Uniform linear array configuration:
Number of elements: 8
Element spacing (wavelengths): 0.5
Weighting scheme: blackman
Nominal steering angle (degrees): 0
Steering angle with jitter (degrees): -1.842
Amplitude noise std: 0.05
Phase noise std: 0.05

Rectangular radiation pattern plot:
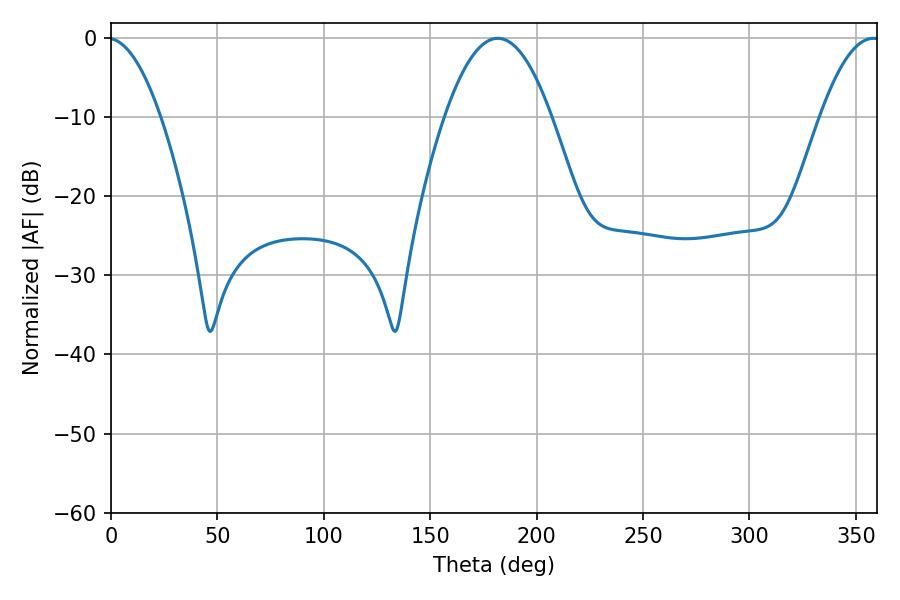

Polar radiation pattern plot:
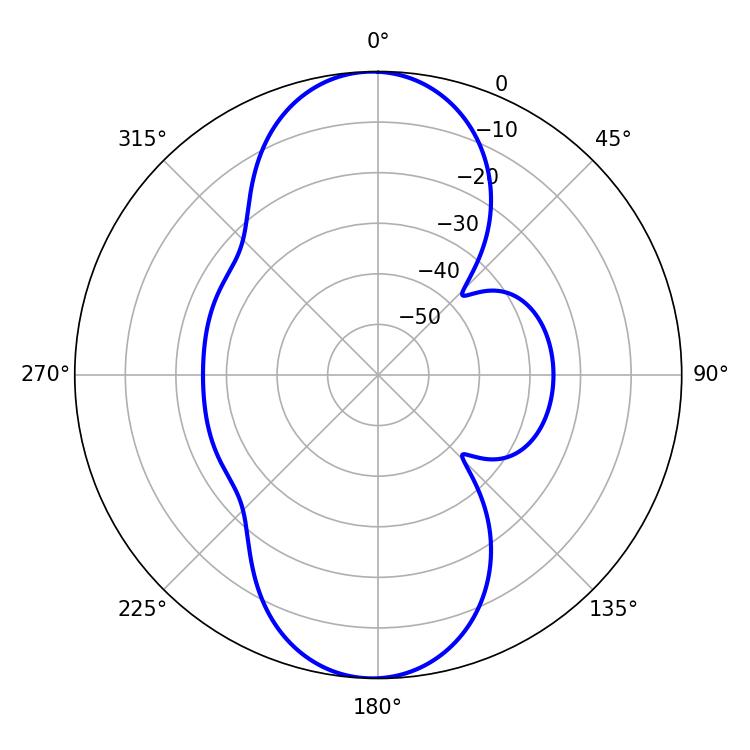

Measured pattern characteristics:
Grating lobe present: FALSE
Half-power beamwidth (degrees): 27.54
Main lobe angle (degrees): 181.8